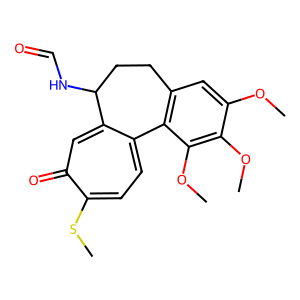
SMILES: COc1cc2c(c(OC)c1OC)-c1ccc(SC)c(=O)cc1C(NC=O)CC2
Inhibits HIV replication: No